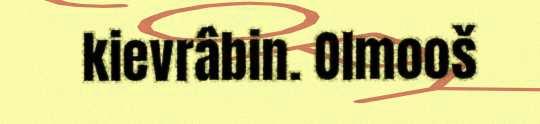
kievrâbin. Olmooš